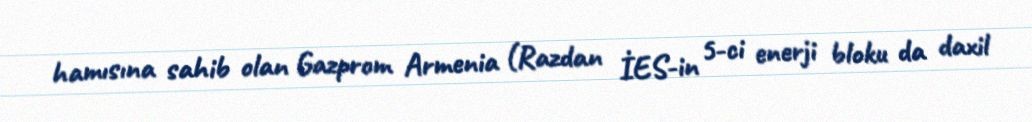
hamısına sahib olan Gazprom Armenia (Razdan İES-in 5-ci enerji bloku da daxil